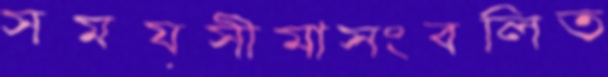
সময়সীমাসংবলিত